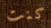
كنت